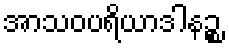
အာသဝပရိယာဒါနဉ္စ